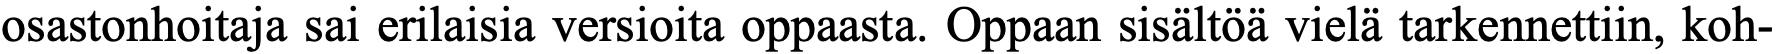
osastonhoitaja sai erilaisia versioita oppaasta. Oppaan sisältöä vielä tarkennettiin, koh-